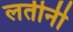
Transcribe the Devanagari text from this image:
लतीनी